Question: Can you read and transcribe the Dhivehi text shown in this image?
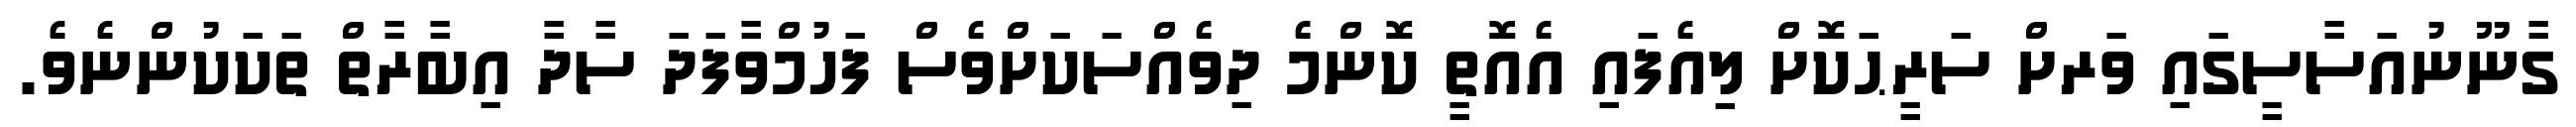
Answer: ގާނޫނުއަސާސީގައި ވަރށް ސަރީޙަކޮށް ލިއެފައި އެއޮތީ ކޮންމެ ދިވެއްސަކަށްވެސް ފަހުމްވާފަދަ ސާދާ އިބާރާތް ތަކަކުންނެވެ.